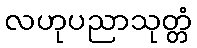
လဟုပညာသုတ္တံ